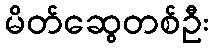
မိတ်ဆွေတစ်ဦး